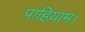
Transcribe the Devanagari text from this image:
पाहियाम।